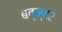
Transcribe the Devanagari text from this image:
बव्न्दर